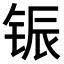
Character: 𫓵